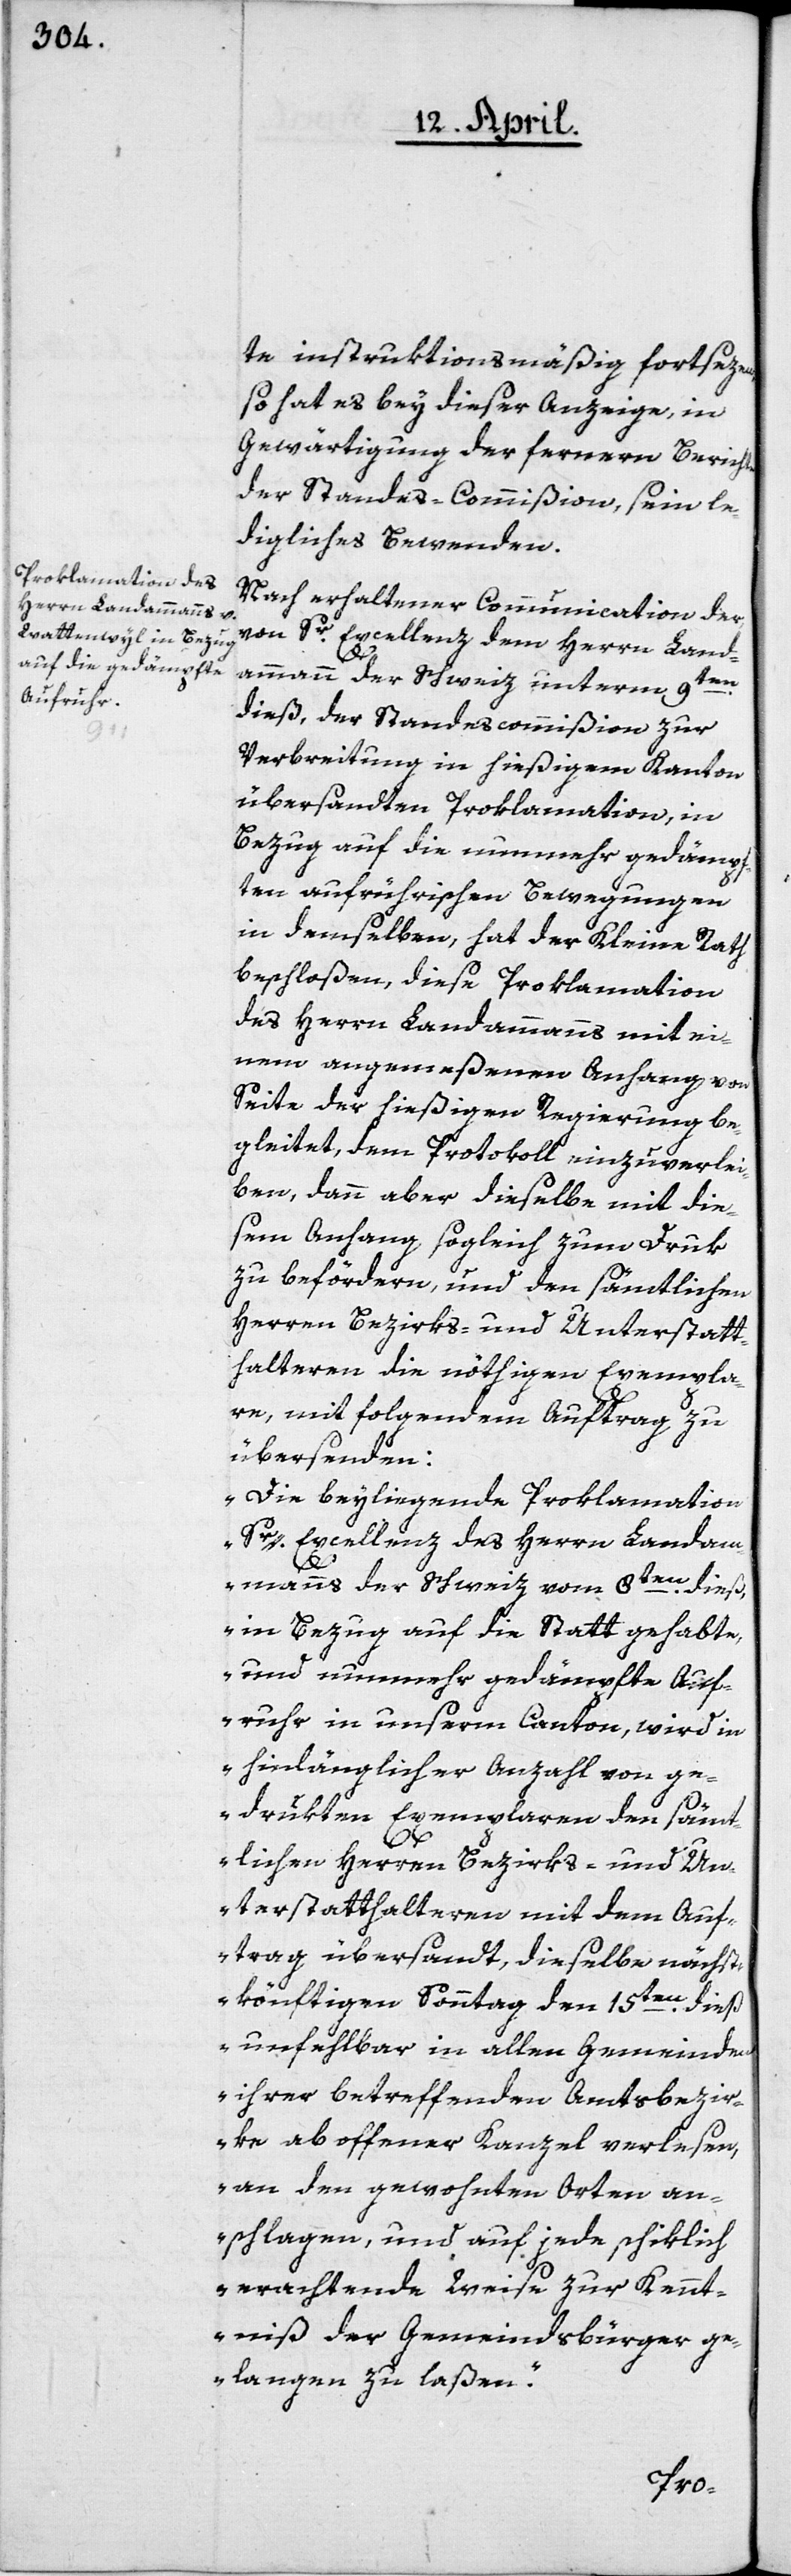
en

te instruktionsmäßig fortsezen,
so hat es bey dieser Anzeige, in
Gewärtigung der fernern Berichte
der Standes-Commißion, sein le¬
digliches Bewenden.
Nach erhaltener Communication der
von Sr Excellenz dem Herrn Land¬
ammann der Schweiz unterm 9t¬
dieß, der Standescommißion zur
Verbreitung in hießigem Kanton
übersandten Proklamation, in
Bezug auf die nunmehr gedämpf¬
ten aufrührischen Bewegungen
in demselben, hat der Kleine Rath
beschloßen, diese Proklamation
des Herrn Landammanns mit ei¬
nem angemeßenen Anhang von
Seite der hießigen Regierung be¬
gleitet, dem Protokoll einzuverlei¬
ben, dann aber dieselbe mit die¬
sem Anhang sogleich zum Druk
zu befördern, und den sämtlichen
Herren Bezirks- und Unterstatt¬
halteren die nöthigen Exempla¬
re, mit folgendem Auftrag zu
übersenden:
„Die beyliegende Proklamation
Sr Excellenz des Herrn Landam¬
mans der Schweiz vom 8ten dieß,
in Bezug auf die statt gehabte,
und nunmehr gedämpfte Auf¬
ruhr in unserm Canton, wird in
hinlänglicher Anzahl von ge¬
drukten Exemplaren den sämt¬
lichen Herren Bezirks- und Un¬
terstatthalteren mit dem Auf¬
trag übersandt, dieselben nächst¬
könftigen Sonntag den 15ten dieß,
unfehlbar in allen Gemeinden
ihrer betreffenden Amtsbezir¬
ke ab offener Kanzel verlesen,
an den gewohnten Orten an¬
schlagen, und auf jede schiklich
erachtende Weise zur Kennt¬
niß der Gemeindsbürger ge¬
langen zu laßen“.